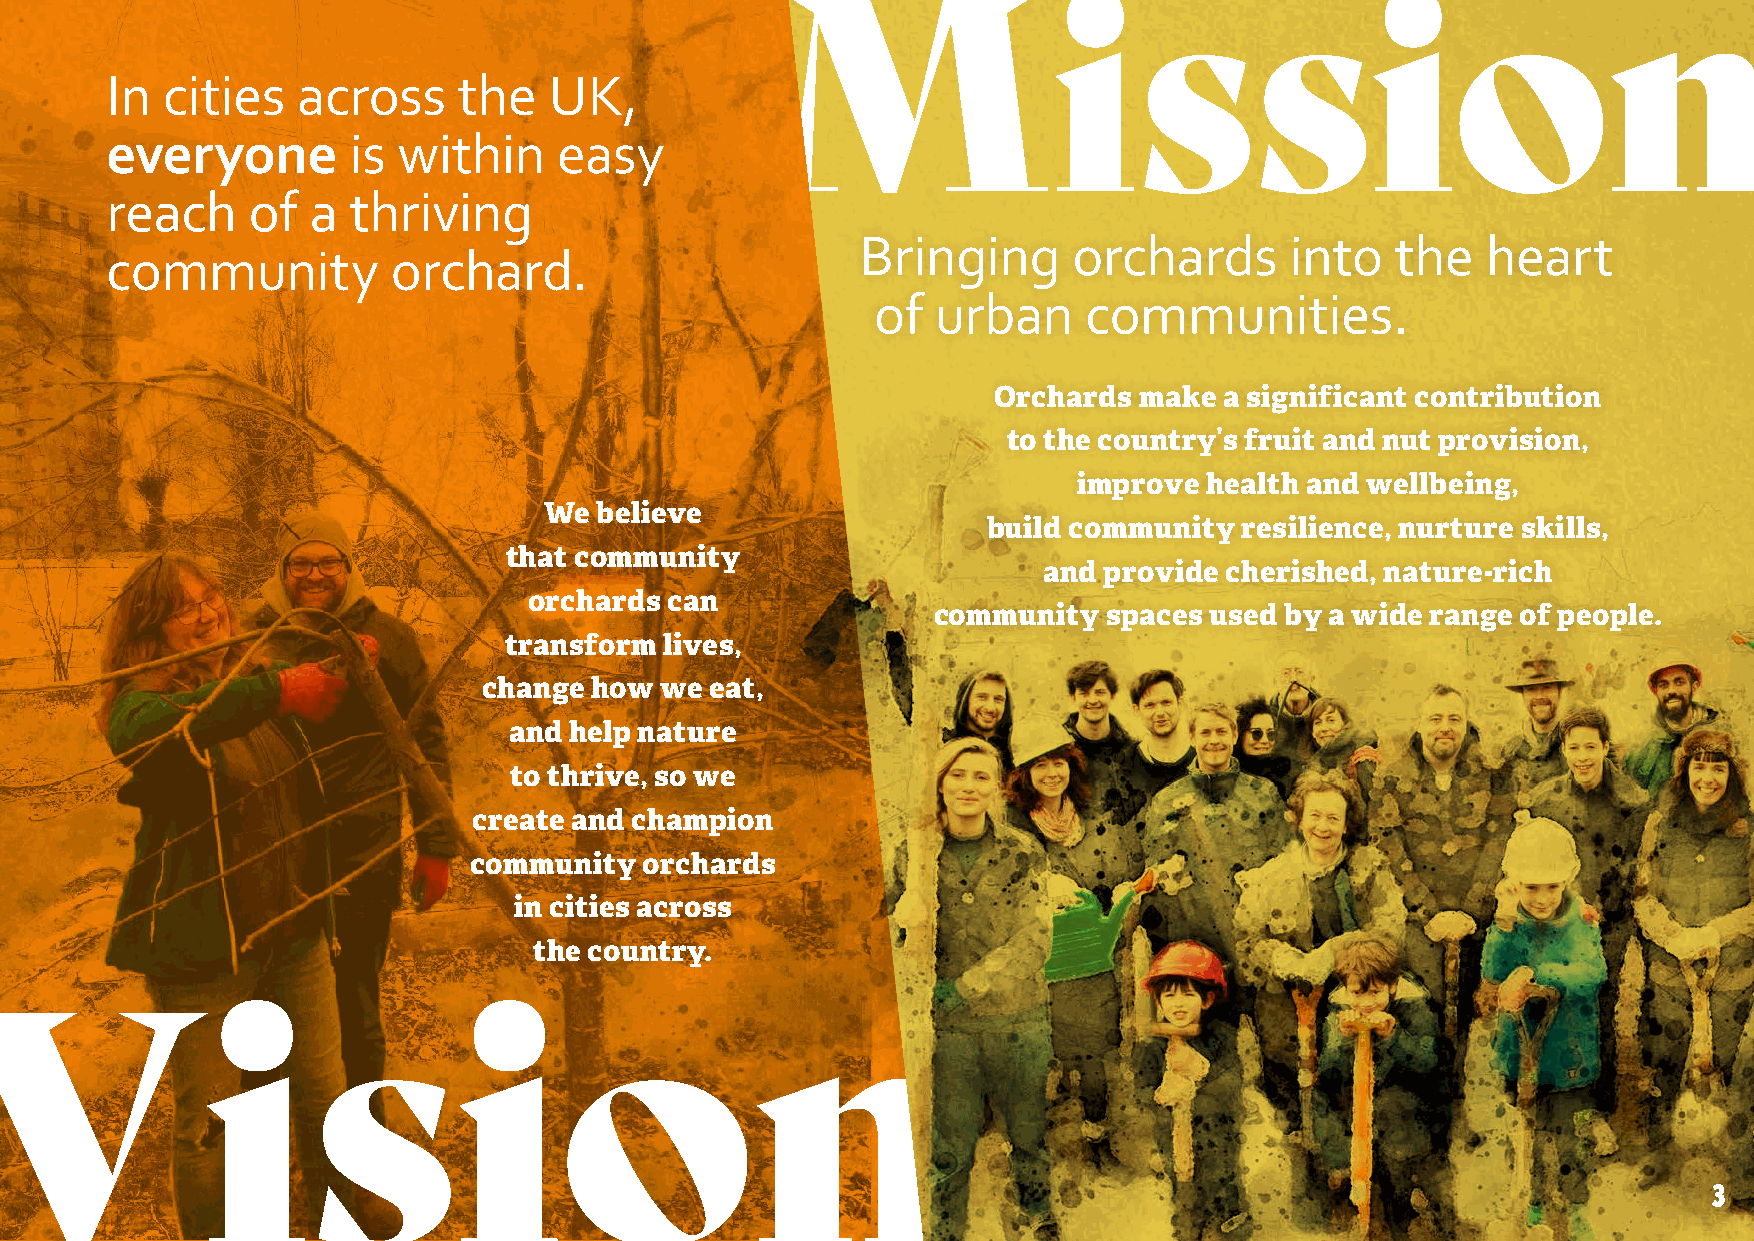
In  cities   across    the   UK,
 everyone        is within     easy
 reach    of  a  thriving
 Bringing      orchards      into   the   heart
 community          orchard.
 of  urban     communities.
 Orchards make  a significant contribution
 to the country’s fruit and nut provision,
 improve  health and wellbeing,
 We believe
 build community  resilience, nurture skills,
 that community
 and provide cherished, nature-rich
 orchards can
 community  spaces used by a wide range of people.
 transform  lives,
 change how  we eat,
 and help nature
 to thrive, so we
 create and champion
 community   orchards
 in cities across
 the country.
 3